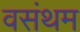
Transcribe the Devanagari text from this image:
वसंथम